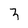
Character: 3